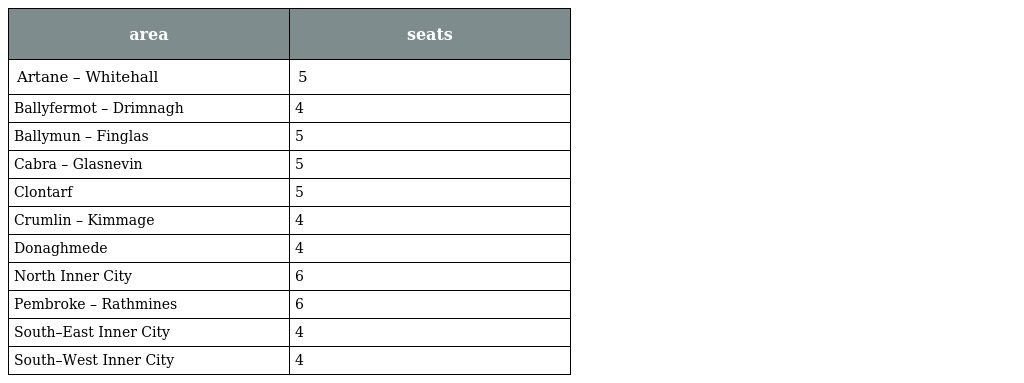
| area | seats |
 | --- | --- |
 | Artane – Whitehall | 5 |
 | Ballyfermot – Drimnagh | 4 |
 | Ballymun – Finglas | 5 |
 | Cabra – Glasnevin | 5 |
 | Clontarf | 5 |
 | Crumlin – Kimmage | 4 |
 | Donaghmede | 4 |
 | North Inner City | 6 |
 | Pembroke – Rathmines | 6 |
 | South–East Inner City | 4 |
 | South–West Inner City | 4 |